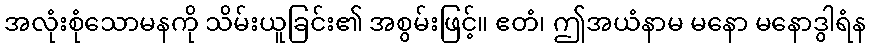
အလုံးစုံသောမနကို သိမ်းယူခြင်း၏ အစွမ်းဖြင့်။ ဧတံ၊ ဤအယံနာမ မနော မနောဒွါရံန